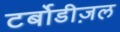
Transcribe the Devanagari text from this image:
टर्बोडीज़ल